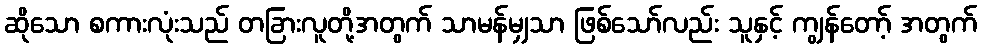
ဆိုသော စကားလုံးသည် တခြားလူတို့အတွက် သာမန်မျှသာ ဖြစ်သော်လည်း သူနှင့် ကျွန်တော့် အတွက်